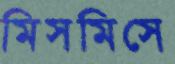
মিসমিসে